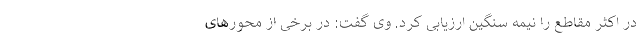
در اکثر مقاطع را نیمه سنگین ارزیابی کرد. وی گفت: در برخی از محورهای